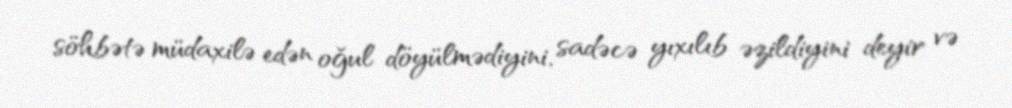
söhbətə müdaxilə edən oğul döyülmədiyini, sadəcə yıxılıb əzildiyini deyir və